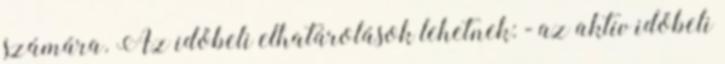
számára. Az időbeli elhatárolások lehetnek: - az aktív időbeli